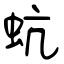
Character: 蚢